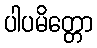
ပါပမိတ္တော